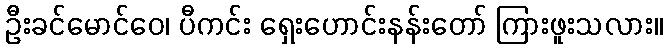
ဦးခင်မောင်ဝေ၊ ပီကင်း ရှေးဟောင်းနန်းတော် ကြားဖူးသလား။